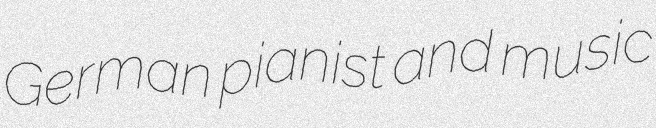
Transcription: German pianist and music